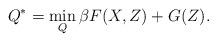
LaTeX: \begin{align*}Q^*=\min_{Q} \beta F (X,Z) + G(Z).\end{align*}